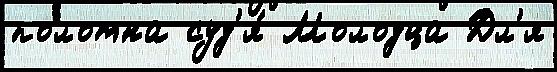
полотна суд'я́ Молодца Дл'я